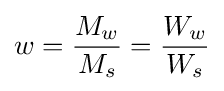
w={\frac {M_{w}}{M_{s}}}={\frac {W_{w}}{W_{s}}}